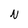
Character: N